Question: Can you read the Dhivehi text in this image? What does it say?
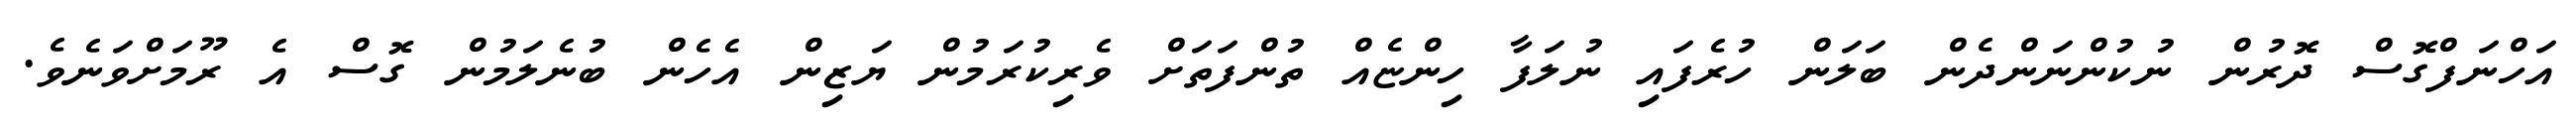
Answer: އަހްނަފްގޮސް ދޮރުން ނުކުންނަންދެން ބަލަން ހުރެފައި ނުލަފާ ހިންޏެއް ތުންފަތަށް ވެރިކުރަމުން ޔަޒިން އެހެން ބުނެލަމުން ގޮސް އެ ރޫމަށްވަނެވެ.